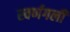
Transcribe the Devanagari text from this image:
स्वर्णगली